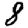
Digit: 8